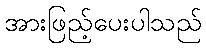
အားဖြည့်ပေးပါသည်